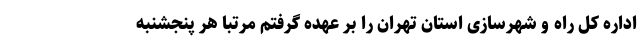
اداره کل راه و شهرسازی استان تهران را بر عهده گرفتم مرتبا هر پنجشنبه